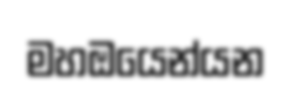
මහඔයෙන්යන